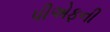
પીએફની